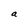
Character: a